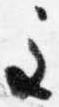
主